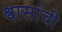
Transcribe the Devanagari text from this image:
श्वासांची